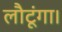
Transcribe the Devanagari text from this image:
लौटूंगा।